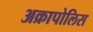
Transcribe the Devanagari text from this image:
अक्रापोलिस